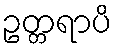
ဥတ္တရာပိ